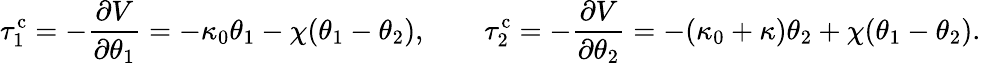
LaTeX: \tau_{1}^{\mathrm{c}}=-\frac{\partial V}{\partial\theta_{1}}=-\kappa_{0}\theta_{1}-\chi(\theta_{1}-\theta_{2}),\qquad\tau_{2}^{\mathrm{c}}=-\frac{\partial V}{\partial\theta_{2}}=-(\kappa_{0}+\kappa)\theta_{2}+\chi(\theta_{1}-\theta_{2}).